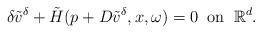
LaTeX: \begin{align*} \delta \tilde{v}^\delta+\tilde{H}(p+D\tilde{v}^\delta,x,\omega)=0\;\;\textrm{on}\;\;\mathbb{R}^d.\end{align*}